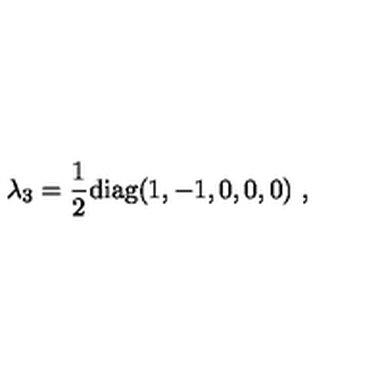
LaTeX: \lambda _ { 3 } = \frac { 1 } { 2 } \mathrm { d i a g } ( 1 , - 1 , 0 , 0 , 0 ) \ ,